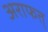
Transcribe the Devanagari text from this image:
अराफत्